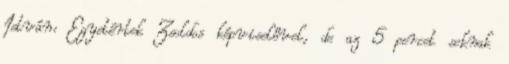
István: Egyetértek Zsoldos képviselővel, de az 5 percet soknak